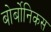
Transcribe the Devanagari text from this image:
बोर्बोनिकस